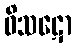
ဝိသဋော